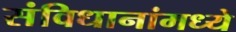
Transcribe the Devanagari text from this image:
संविधानांमध्ये